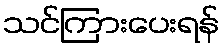
သင်ကြားပေးရန်